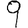
Digit: 9